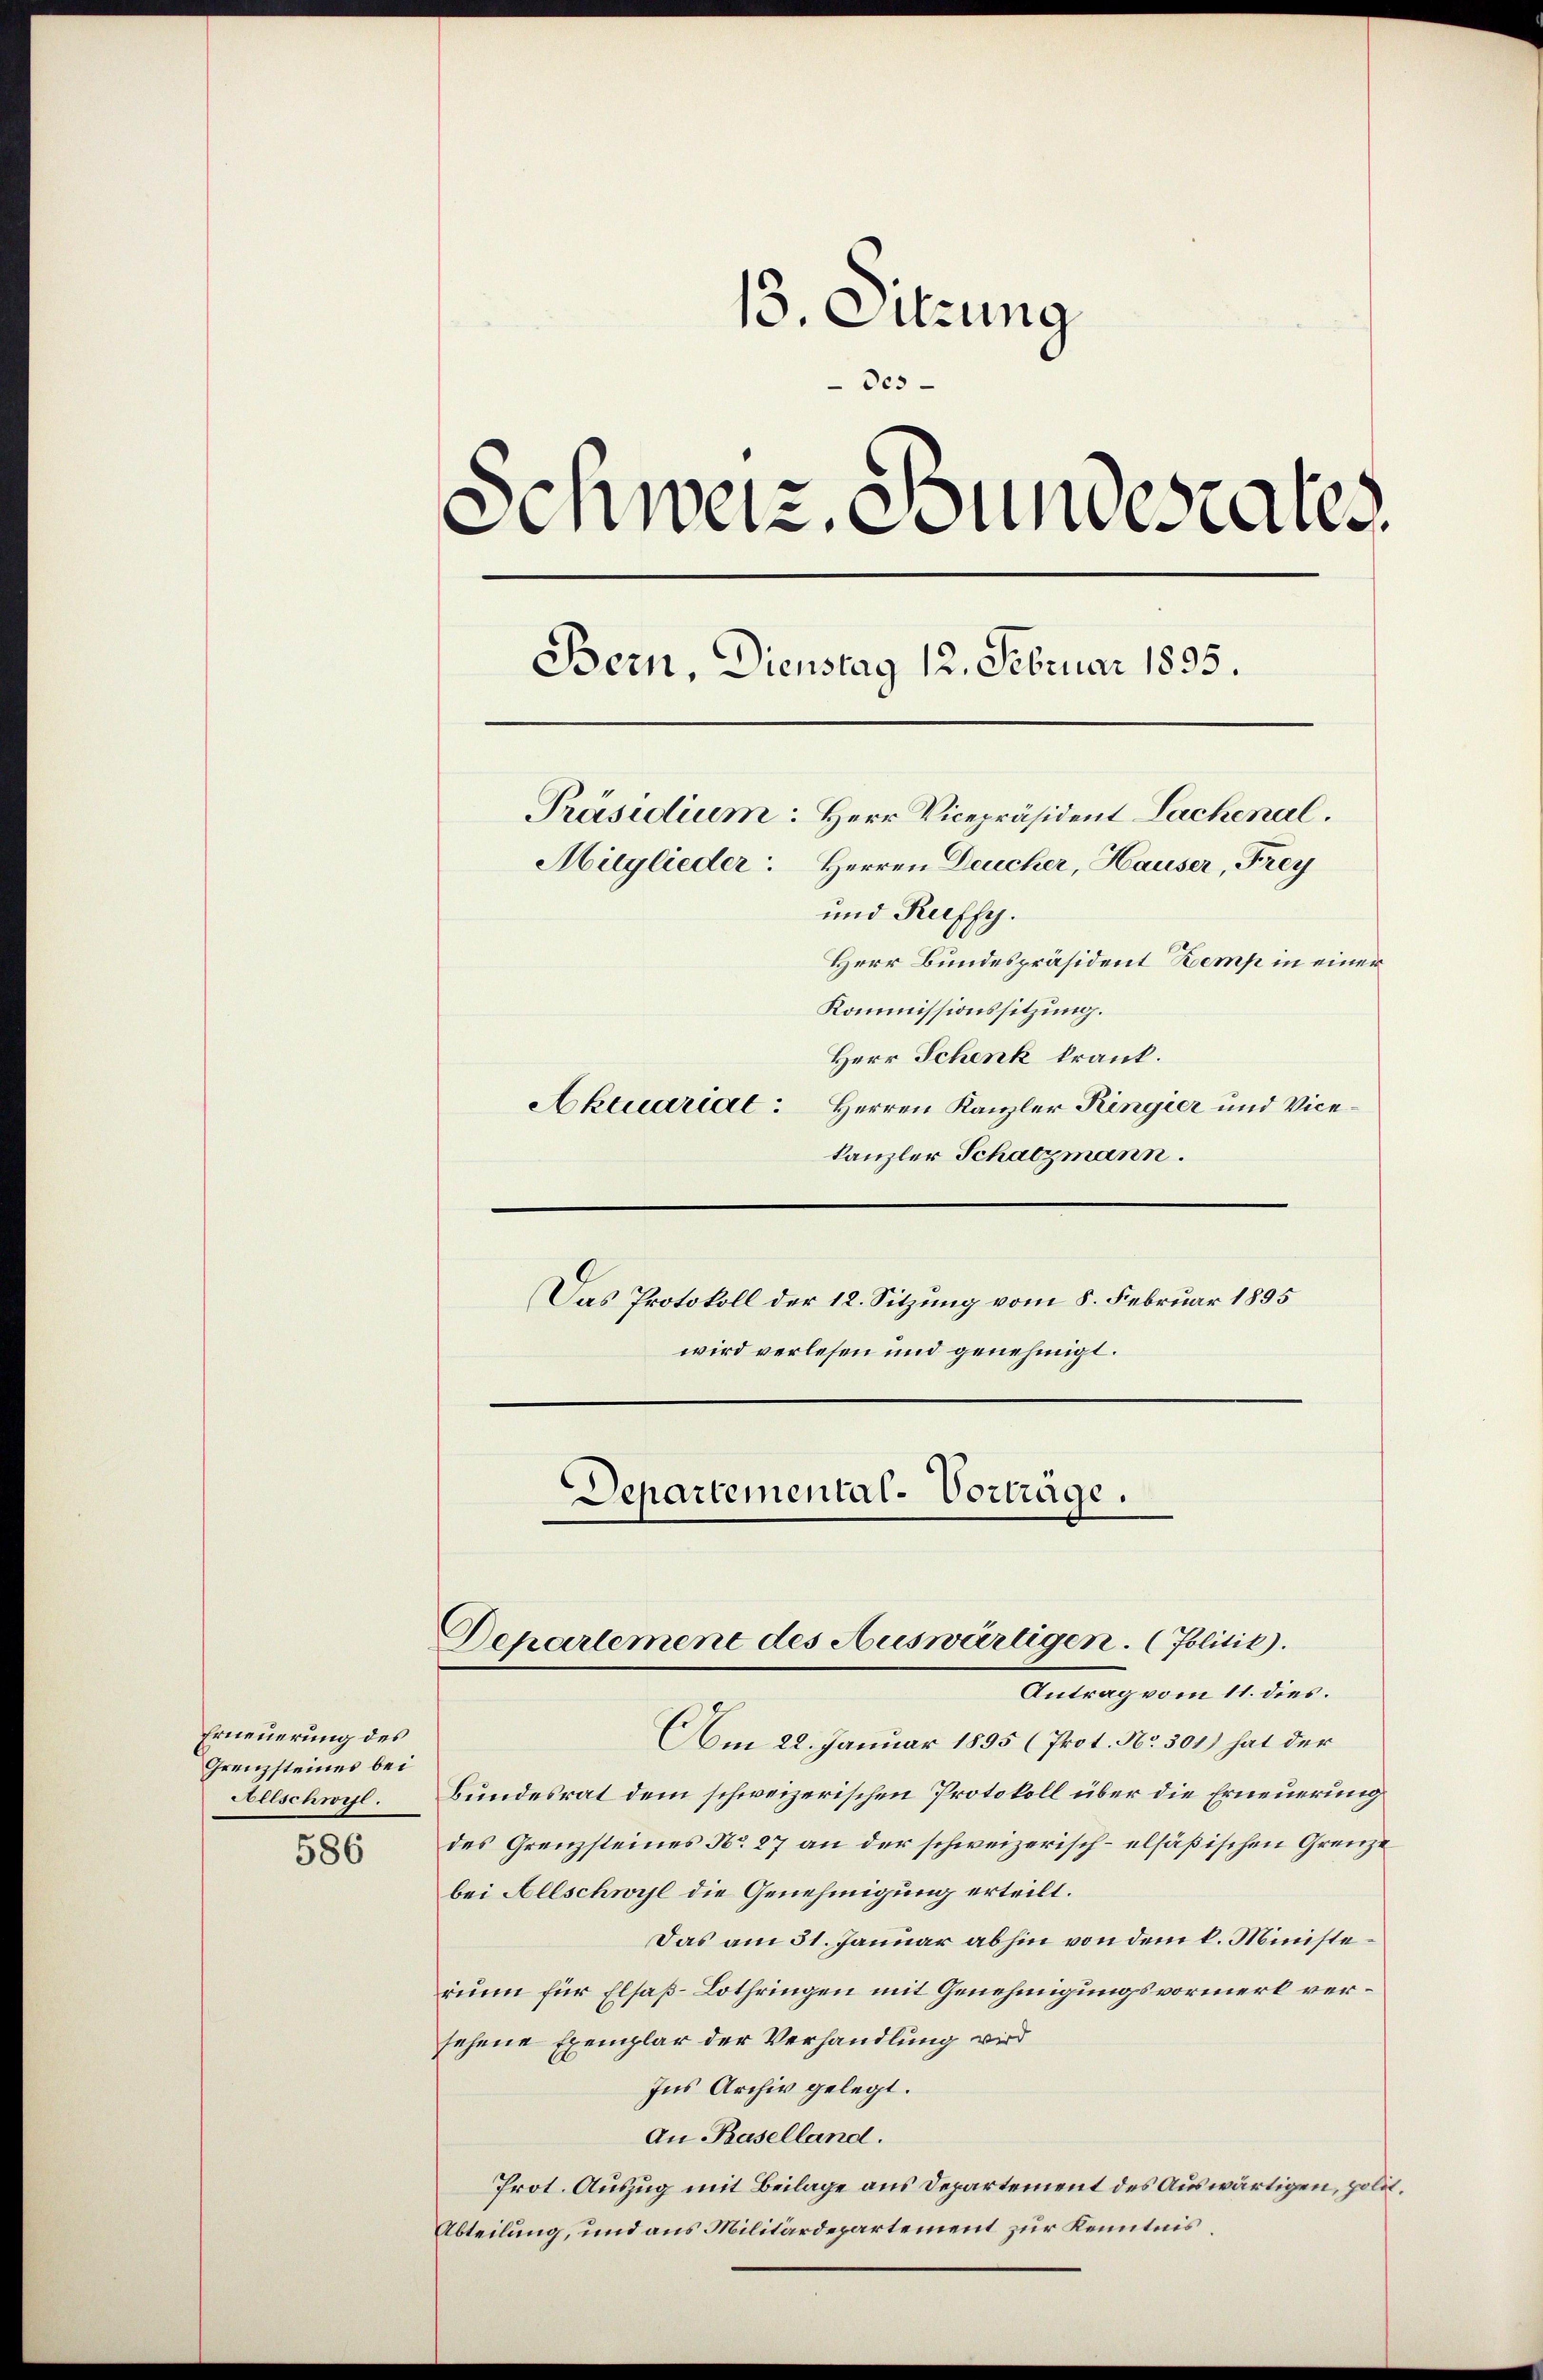
Erneuerung des
Grenzsteines bei
Allschweil.

586

13. Sitzung
Des
Schweiz, Bundesrates.
Bern, Dienstag 12. Februar 1835.
Präsidium: Herr Vicepräsident Lachenal.
Mitglieder: Herren Deucher, Hauser, Frey
und Reiffy.
Herr Bundespräsident Kemp in einer
Kommissionssitzung.
Herr Schenk krank.
Herren Kanzler Ringier und Vice¬
Aktuarial:

kanzler Schatzmann.
Das Protokoll der 12. Sitzung vom 8. Februar 1895
wird verlesen und genehmigt.

Departemental-Vorträge.
Departement des Auswärtigen. (Jolitik.
Antrag vom 11 dies.

Am 22. Januar 1895 (Prot. No. 501) hat der
Bundesrat dem schweizerischen Protokoll über die Erneuerung
des Grenzsteines No 27 an der schweizerisch-elsäßischen Grenze
bei Allschwyl die Genehmigung erteilt.
Das am 31. Januar abhin von dem k. Ministerinn für Elsaß-Lothringen mit Genehmigungsvormerk versehene Exemplar der Verhandlung wird
Ins Archiv gelegt.
An Baselland.
Prot. Auszug mit Beilage aus Departement des Auswärtigen, polit.
Abteilung, und aus Militärdepartement zur Kenntnis